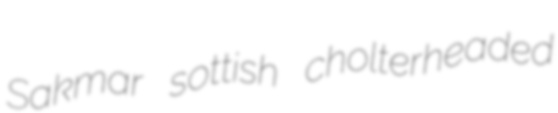
Sakmar sottish cholterheaded